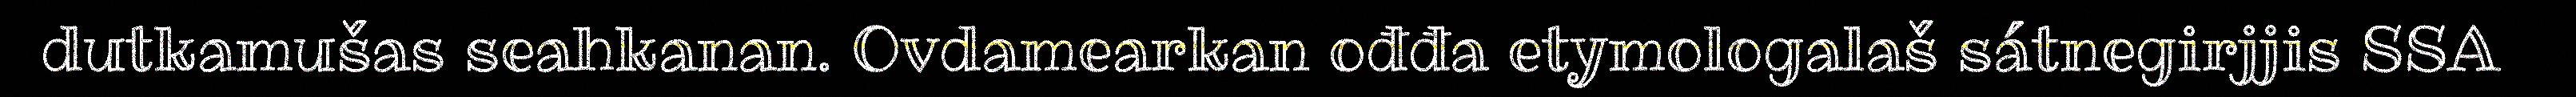
dutkamušas seahkanan. Ovdamearkan ođđa etymologalaš sátnegirjjis SSA